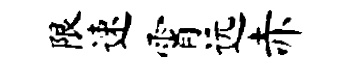
限速霄远赤